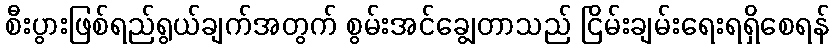
စီးပွားဖြစ်ရည်ရွယ်ချက်အတွက် စွမ်းအင်ချွေတာသည် ငြိမ်းချမ်းရေးရရှိစေရန်